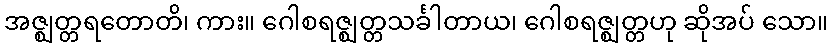
အဇ္ဈတ္တရတောတိ၊ ကား။ ဂေါစရဇ္ဈတ္တသင်္ခါတာယ၊ ဂေါစရဇ္ဈတ္တဟု ဆိုအပ် သော။